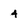
Character: 4